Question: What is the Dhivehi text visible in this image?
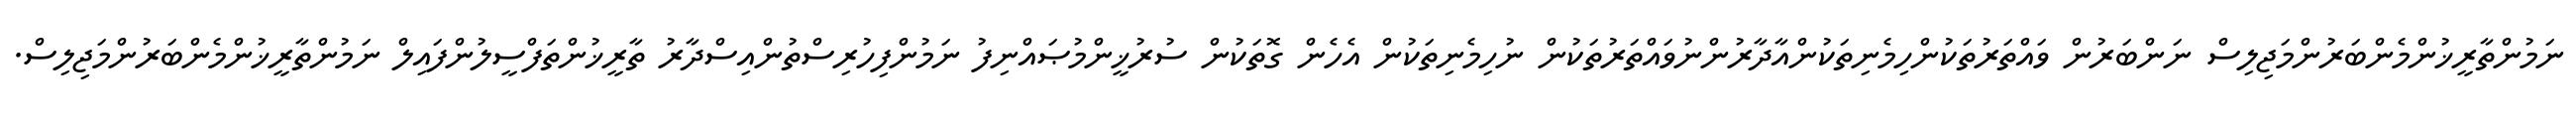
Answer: ނަމުންތާރީޚުންމެންބަރުންމަޖިލިސް ނަންބަރުން ވައްތަރުތަކުންހިމެނިތަކުންއާދާރުންނުވައްތަރުތަކުން ނުހިމެނިތަކުން އެހެން ގޮތަކުން ސުރުޚީންމުޞައްނިފު ނަމުންފިހުރިސްތުންއިސްދާރު ތާރީޚުންތަފްސީލުންފައިލް ނަމުންތާރީޚުންމެންބަރުންމަޖިލިސް.